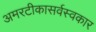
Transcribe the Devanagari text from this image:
अमरटीकासर्वस्वकार